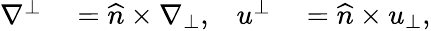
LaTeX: \begin{array}{rlrl}{\nabla^{\bot}}&{{}=\widehat{n}\times\nabla_{\bot},}&{u^{\bot}}&{{}=\widehat{n}\times u_{\bot},}\end{array}